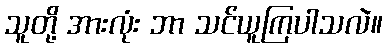
သူတို့ အားလုံး ဘာ သင်ယူကြပါသလဲ။